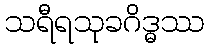
သရီရသုခဂိဒ္ဓဿ